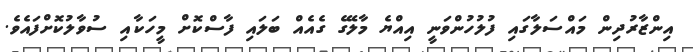
އިންޒާރުދިން މައްސަލާގައި ފުލުހުންވަނީ އިއްޔެ މާލޭގެ ގެއެއް ބަލައި ފާސްކޮށް މީހަކާއި ސުވާލުކޮށްފައެވެ.